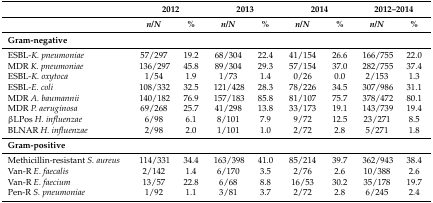
<table><thead><tr><td></td><td colspan="2"><b>2012</b></td><td colspan="2"><b>2013</b></td><td colspan="2"><b>2014</b></td><td colspan="2"><b>2012–2014</b></td></tr><tr><td></td><td><b><i>n</i>/<i>N</i></b></td><td><b>%</b></td><td><b><i>n</i>/<i>N</i></b></td><td><b>%</b></td><td><b><i>n</i>/<i>N</i></b></td><td><b>%</b></td><td><b><i>n</i>/<i>N</i></b></td><td><b>%</b></td></tr></thead><tbody><tr><td colspan="9"><b>Gram-negative</b></td></tr><tr><td>ESBL-<i>K. pneumoniae</i></td><td>57/297</td><td>19.2</td><td>68/304</td><td>22.4</td><td>41/154</td><td>26.6</td><td>166/755</td><td>22.0</td></tr><tr><td>MDR <i>K. pneumoniae</i></td><td>136/297</td><td>45.8</td><td>89/304</td><td>29.3</td><td>57/154</td><td>37.0</td><td>282/755</td><td>37.4</td></tr><tr><td>ESBL-<i>K. oxytoca</i></td><td>1/54</td><td>1.9</td><td>1/73</td><td>1.4</td><td>0/26</td><td>0.0</td><td>2/153</td><td>1.3</td></tr><tr><td>ESBL-<i>E. coli</i></td><td>108/332</td><td>32.5</td><td>121/428</td><td>28.3</td><td>78/226</td><td>34.5</td><td>307/986</td><td>31.1</td></tr><tr><td>MDR <i>A. baumannii</i></td><td>140/182</td><td>76.9</td><td>157/183</td><td>85.8</td><td>81/107</td><td>75.7</td><td>378/472</td><td>80.1</td></tr><tr><td>MDR <i>P. aeruginosa</i></td><td>69/268</td><td>25.7</td><td>41/298</td><td>13.8</td><td>33/173</td><td>19.1</td><td>143/739</td><td>19.4</td></tr><tr><td>βLPos <i>H. influenzae</i></td><td>6/98</td><td>6.1</td><td>8/101</td><td>7.9</td><td>9/72</td><td>12.5</td><td>23/271</td><td>8.5</td></tr><tr><td>BLNAR <i>H. influenzae</i></td><td>2/98</td><td>2.0</td><td>1/101</td><td>1.0</td><td>2/72</td><td>2.8</td><td>5/271</td><td>1.8</td></tr><tr><td colspan="9"><b>Gram-positive</b></td></tr><tr><td>Methicillin-resistant <i>S. aureus</i></td><td>114/331</td><td>34.4</td><td>163/398</td><td>41.0</td><td>85/214</td><td>39.7</td><td>362/943</td><td>38.4</td></tr><tr><td>Van-R <i>E. faecalis</i></td><td>2/142</td><td>1.4</td><td>6/170</td><td>3.5</td><td>2/76</td><td>2.6</td><td>10/388</td><td>2.6</td></tr><tr><td>Van-R <i>E. faecium</i></td><td>13/57</td><td>22.8</td><td>6/68</td><td>8.8</td><td>16/53</td><td>30.2</td><td>35/178</td><td>19.7</td></tr><tr><td>Pen-R <i>S. pneumoniae</i></td><td>1/92</td><td>1.1</td><td>3/81</td><td>3.7</td><td>2/72</td><td>2.8</td><td>6/245</td><td>2.4</td></tr></tbody></table>